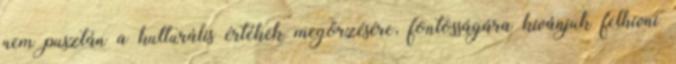
nem pusztán a kulturális értékek megőrzésére, fontosságára kívánjuk felhívni